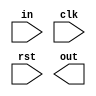
module seq_detector (
    input in, clk, rst, output reg out
);
    
endmodule